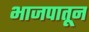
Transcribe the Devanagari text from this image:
भाजपातून